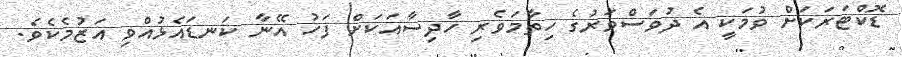
ޑޮކްޓަރަކަށް ވުމަކީ އެ ދުވަސްވަރުގެ ހިތާމަވެރި ހާދިސާއަކަށް ފަހު އޭނާ ކަނޑައެޅުއްވި އަޒުމެކެވެ.